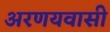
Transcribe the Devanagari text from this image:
अरणयवासी